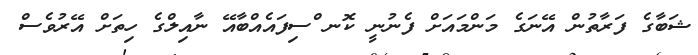
ޝަބާގެ ފަރާތުން އޭނަގެ މަންމައަށް ފެނުނީ ކޮނ ްސިފައެއްބާއޭ ނާއިލްގެ ހިތަށް އޭރުވެސް